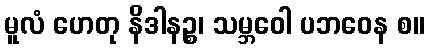
မူလံ ဟေတု နိဒါနဉ္စ၊ သမ္ဘဝေါ ပဘဝေန စ။